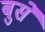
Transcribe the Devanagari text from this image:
बुसे